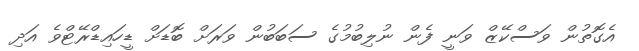
އެގޮތުން ވަސްކޭޒް ވަނީ ފެން ނުލިބުމުގެ ސަބަބުން ވަރަށް ބޮޑަށް ޑީހައިޑްރޭޓްވެ އަދި